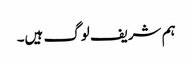
ہم شریف لوگ ہیں۔